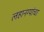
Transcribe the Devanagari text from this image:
लहानग्यांचा